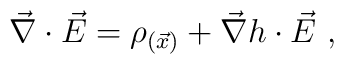
\vec{\nabla}\cdot \vec{E}=\rho_{(\vec{x})}+\vec{\nabla}h\cdot\vec{E}\ ,